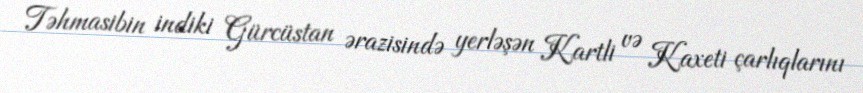
Təhmasibin indiki Gürcüstan ərazisində yerləşən Kartli və Kaxeti çarlıqlarını